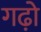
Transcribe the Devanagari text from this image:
गढ़ो